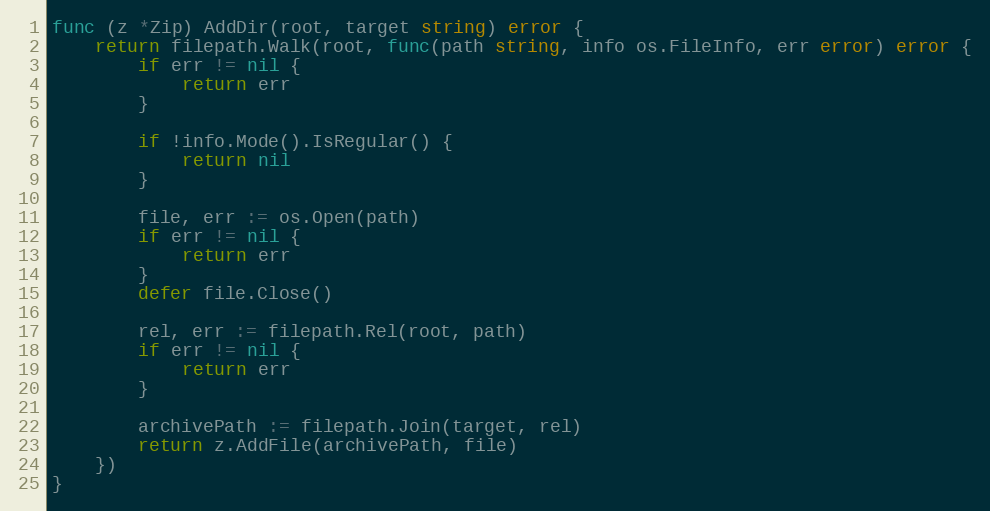
Language: Go
func (z *Zip) AddDir(root, target string) error {
	return filepath.Walk(root, func(path string, info os.FileInfo, err error) error {
		if err != nil {
			return err
		}

		if !info.Mode().IsRegular() {
			return nil
		}

		file, err := os.Open(path)
		if err != nil {
			return err
		}
		defer file.Close()

		rel, err := filepath.Rel(root, path)
		if err != nil {
			return err
		}

		archivePath := filepath.Join(target, rel)
		return z.AddFile(archivePath, file)
	})
}